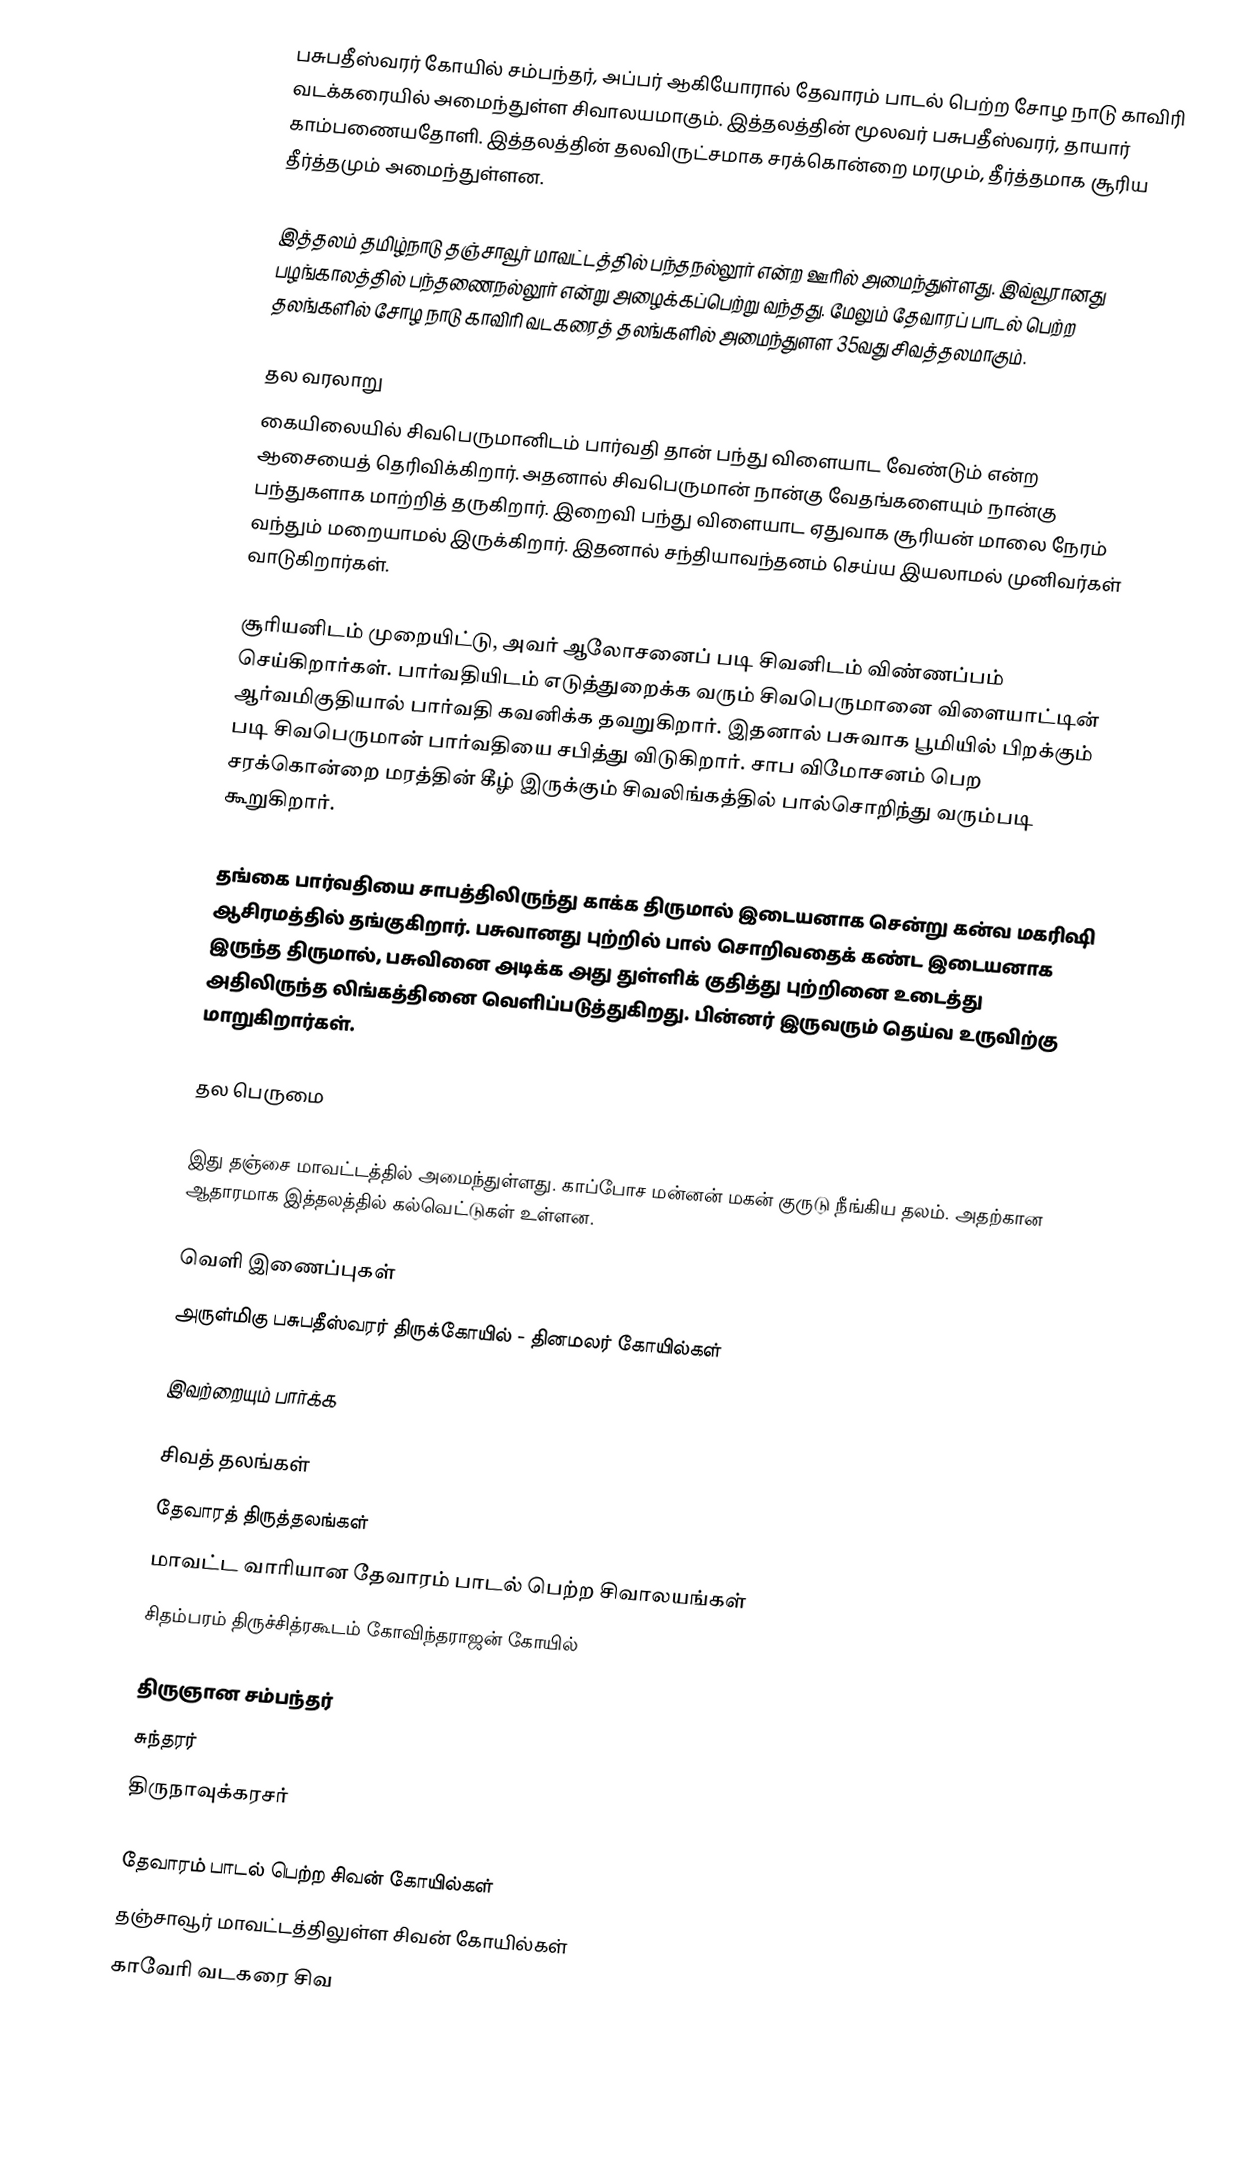
பசுபதீஸ்வரர் கோயில் சம்பந்தர், அப்பர் ஆகியோரால் தேவாரம் பாடல் பெற்ற சோழ நாடு காவிரி வடக்கரையில் அமைந்துள்ள சிவாலயமாகும். இத்தலத்தின் மூலவர் பசுபதீஸ்வரர், தாயார் காம்பணையதோளி. இத்தலத்தின் தலவிருட்சமாக சரக்கொன்றை மரமும், தீர்த்தமாக சூரிய தீர்த்தமும் அமைந்துள்ளன.

இத்தலம் தமிழ்நாடு தஞ்சாவூர் மாவட்டத்தில் பந்தநல்லூர் என்ற ஊரில் அமைந்துள்ளது. இவ்வூரானது பழங்காலத்தில் பந்தணைநல்லூர் என்று அழைக்கப்பெற்று வந்தது. மேலும் தேவாரப் பாடல் பெற்ற தலங்களில்  சோழ நாடு காவிரி வடகரைத் தலங்களில் அமைந்துளள 35வது சிவத்தலமாகும்.

தல வரலாறு
கையிலையில் சிவபெருமானிடம் பார்வதி தான் பந்து விளையாட வேண்டும் என்ற ஆசையைத் தெரிவிக்கிறார். அதனால் சிவபெருமான் நான்கு வேதங்களையும் நான்கு பந்துகளாக மாற்றித் தருகிறார். இறைவி பந்து விளையாட ஏதுவாக சூரியன் மாலை நேரம் வந்தும் மறையாமல் இருக்கிறார். இதனால் சந்தியாவந்தனம் செய்ய இயலாமல் முனிவர்கள் வாடுகிறார்கள்.

சூரியனிடம் முறையிட்டு, அவர் ஆலோசனைப் படி சிவனிடம் விண்ணப்பம் செய்கிறார்கள். பார்வதியிடம் எடுத்துறைக்க வரும் சிவபெருமானை விளையாட்டின் ஆர்வமிகுதியால் பார்வதி கவனிக்க தவறுகிறார். இதனால் பசுவாக பூமியில் பிறக்கும் படி சிவபெருமான் பார்வதியை சபித்து விடுகிறார். சாப விமோசனம் பெற சரக்கொன்றை மரத்தின் கீழ் இருக்கும் சிவலிங்கத்தில் பால்சொறிந்து வரும்படி கூறுகிறார்.

தங்கை பார்வதியை சாபத்திலிருந்து காக்க திருமால் இடையனாக சென்று கன்வ மகரிஷி ஆசிரமத்தில் தங்குகிறார். பசுவானது புற்றில் பால் சொறிவதைக் கண்ட இடையனாக இருந்த திருமால், பசுவினை அடிக்க அது துள்ளிக் குதித்து புற்றினை உடைத்து அதிலிருந்த லிங்கத்தினை வெளிப்படுத்துகிறது. பின்னர் இருவரும் தெய்வ உருவிற்கு மாறுகிறார்கள்.

தல பெருமை

இது தஞ்சை மாவட்டத்தில் அமைந்துள்ளது. காப்போச மன்னன் மகன் குருடு நீங்கிய தலம். அதற்கான ஆதாரமாக இத்தலத்தில் கல்வெட்டுகள் உள்ளன.

வெளி இணைப்புகள்
அருள்மிகு பசுபதீஸ்வரர் திருக்கோயில் - தினமலர் கோயில்கள்

இவற்றையும் பார்க்க

 சிவத் தலங்கள்
 தேவாரத் திருத்தலங்கள்
 மாவட்ட வாரியான தேவாரம் பாடல் பெற்ற சிவாலயங்கள்
 சிதம்பரம் திருச்சித்ரகூடம் கோவிந்தராஜன் கோயில்

 திருஞான சம்பந்தர்
 சுந்தரர்
 திருநாவுக்கரசர்

தேவாரம் பாடல் பெற்ற சிவன் கோயில்கள்
தஞ்சாவூர் மாவட்டத்திலுள்ள சிவன் கோயில்கள்
காவேரி வடகரை சிவ